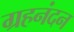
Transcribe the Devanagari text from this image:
ग्रहनंदन